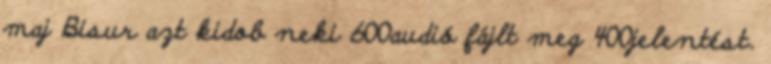
maj Bisur azt kidob neki 600audió fájlt meg 400jelentést.